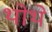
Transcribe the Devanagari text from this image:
थोथे